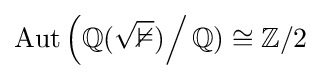
\mathrm {Aut} \left(\mathbb {Q({\sqrt {2}})} \right/\mathbb {Q} )\cong \mathbb {Z} /2